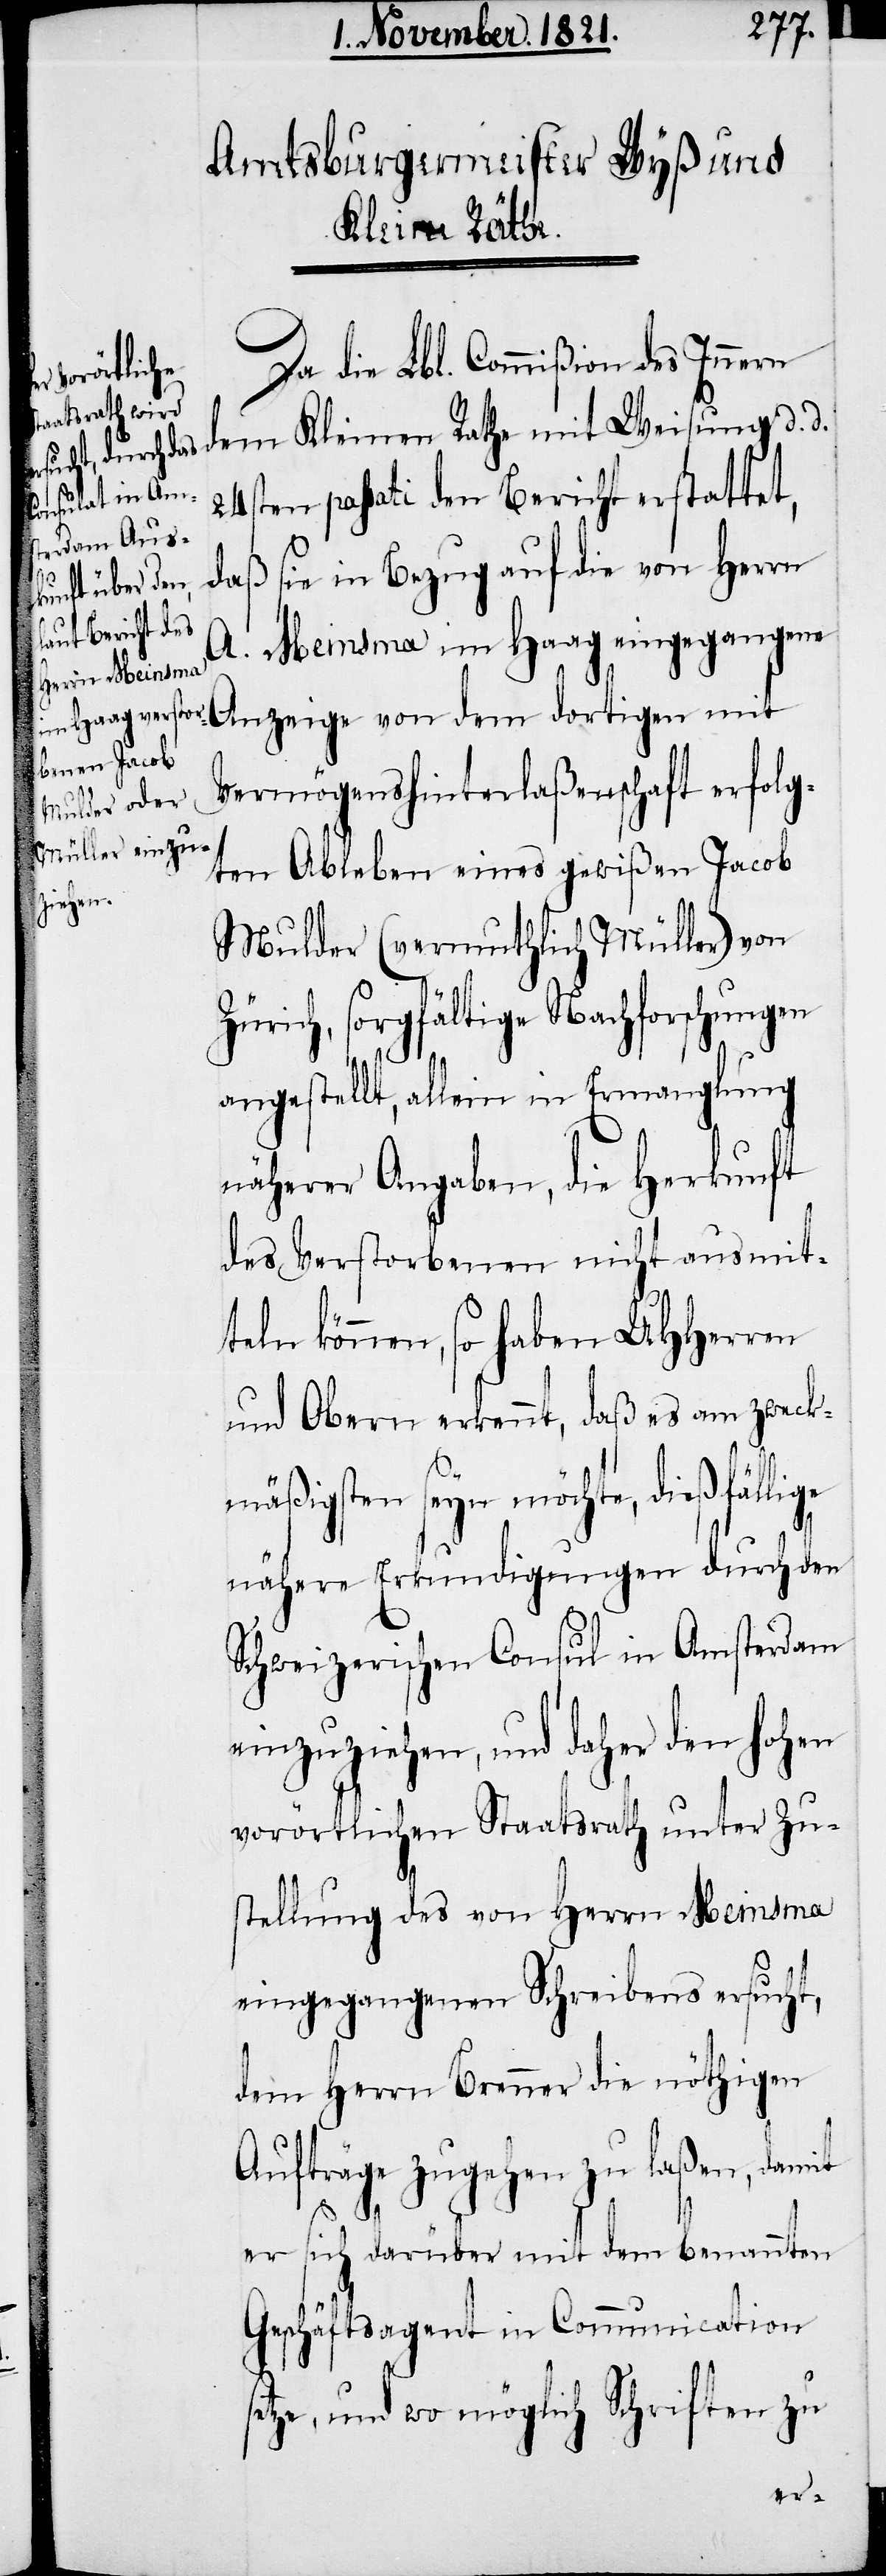
Da die Lbl. Commißion des Innern
dem Kleinen Rath mit Weisung d. d.
24sten passati den Bericht erstattet,
daß sie in Bezug auf die von Herrn
A. Meinsma im Haag eingegangene
er sich darüber in
Anzeige von dem dortigen mit
Vermögenshinterlaßenschaft erfolg¬
ten Ableben eines gewißen Jacob
Mulder (vermutlich Müller) von
Zürich, sorgfältige Nachforschungen
angestellt, allein in Ermangelung
näherer Angaben, die Herkunft
des verstorbenen nicht ausmit¬
teln können, so haben UHHerren
und Obern erkennt, daß es am zweck¬
mäßigsten seyn möchte, dießfällige
nähere Erkundigungen durch den
Schweizerischen Consul in Amsterdam
einzuziehen, und daher den hohen
vorörtlichen Staatsrath unter Zu¬
stellung des von Herrn Meinsma
eingegangenen Schreibens ersucht,
dem Herrn Brenner die nöthigen
Aufträge zugehen zu laßen, damit
setze, und wo möglich Schriften zu